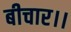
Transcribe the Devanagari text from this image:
बीचार।।